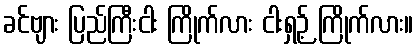
ခင်ဗျား ပြည်ကြီးငါး ကြိုက်လား ငါးရှဉ့် ကြိုက်လား။